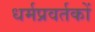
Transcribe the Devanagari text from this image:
धर्मप्रवर्तकों